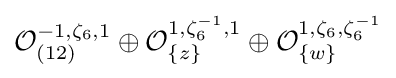
{\mathcal {O}}_{(12)}^{-1,\zeta _{6},1}\oplus {\mathcal {O}}_{\{z\}}^{1,\zeta _{6}^{-1},1}\oplus {\mathcal {O}}_{\{w\}}^{1,\zeta _{6},\zeta _{6}^{-1}}